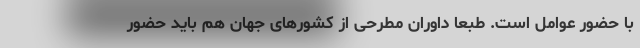
با حضور عوامل است. طبعا داوران مطرحی از کشورهای جهان هم باید حضور